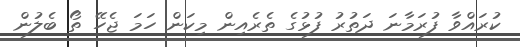
ކުރައްވާ ފުރަމާނަ ދަތުރު ފުޅުގެ ތެރެއިން މިކަން ހަމަ ޖެހޭ ތޯ ބެލުން